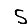
Digit: 5